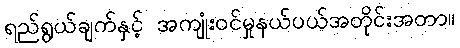
ရည်ရွယ်ချက်နှင့် အကျုံးဝင်မှုနယ်ပယ်အတိုင်းအတာ။